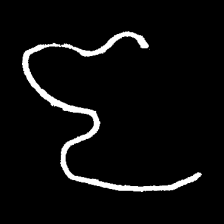
Pyu character \u2014 Myanmar letter: ဇ (romanized: ja)